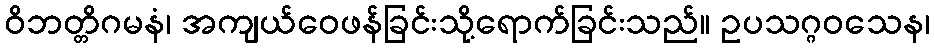
ဝိဘတ္တိဂမနံ၊ အကျယ်ဝေဖန်ခြင်းသို့ရောက်ခြင်းသည်။ ဥပသဂ္ဂဝသေန၊